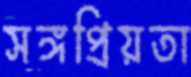
সঙ্গপ্রিয়তা